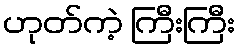
ဟုတ်ကဲ့ ကြီးကြီး